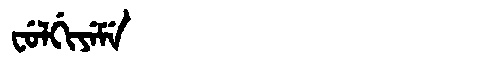
Manchu: ᠸᡠᠯᡤᡳᠶᡝᠮᡝ
Romanization: FULGIYEME